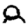
Digit: 8